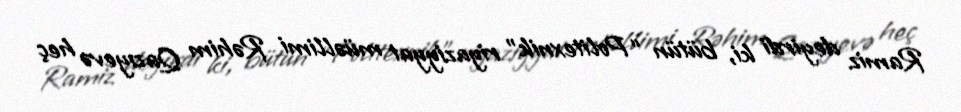
Ramiz deyirdi ki, bütün “Politexnik” riyaziyyat müəllimi Rəhim Qazıyevə heç